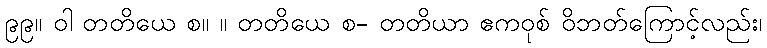
၉၉။ ဝါ တတိယေ စ။ ။ တတိယေ စ- တတိယာ ဧကဝုစ် ဝိဘတ်ကြောင့်လည်း၊